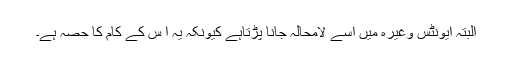
البتہ ایونٹس وغیرہ میں اسے لامحالہ جانا پڑتاہے کیونکہ یہ ا س کے کام کا حصہ ہے۔